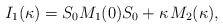
\begin{align*}I_1(\kappa)=S_0M_1(0)S_0+\kappa\;\!M_2(\kappa),\end{align*}